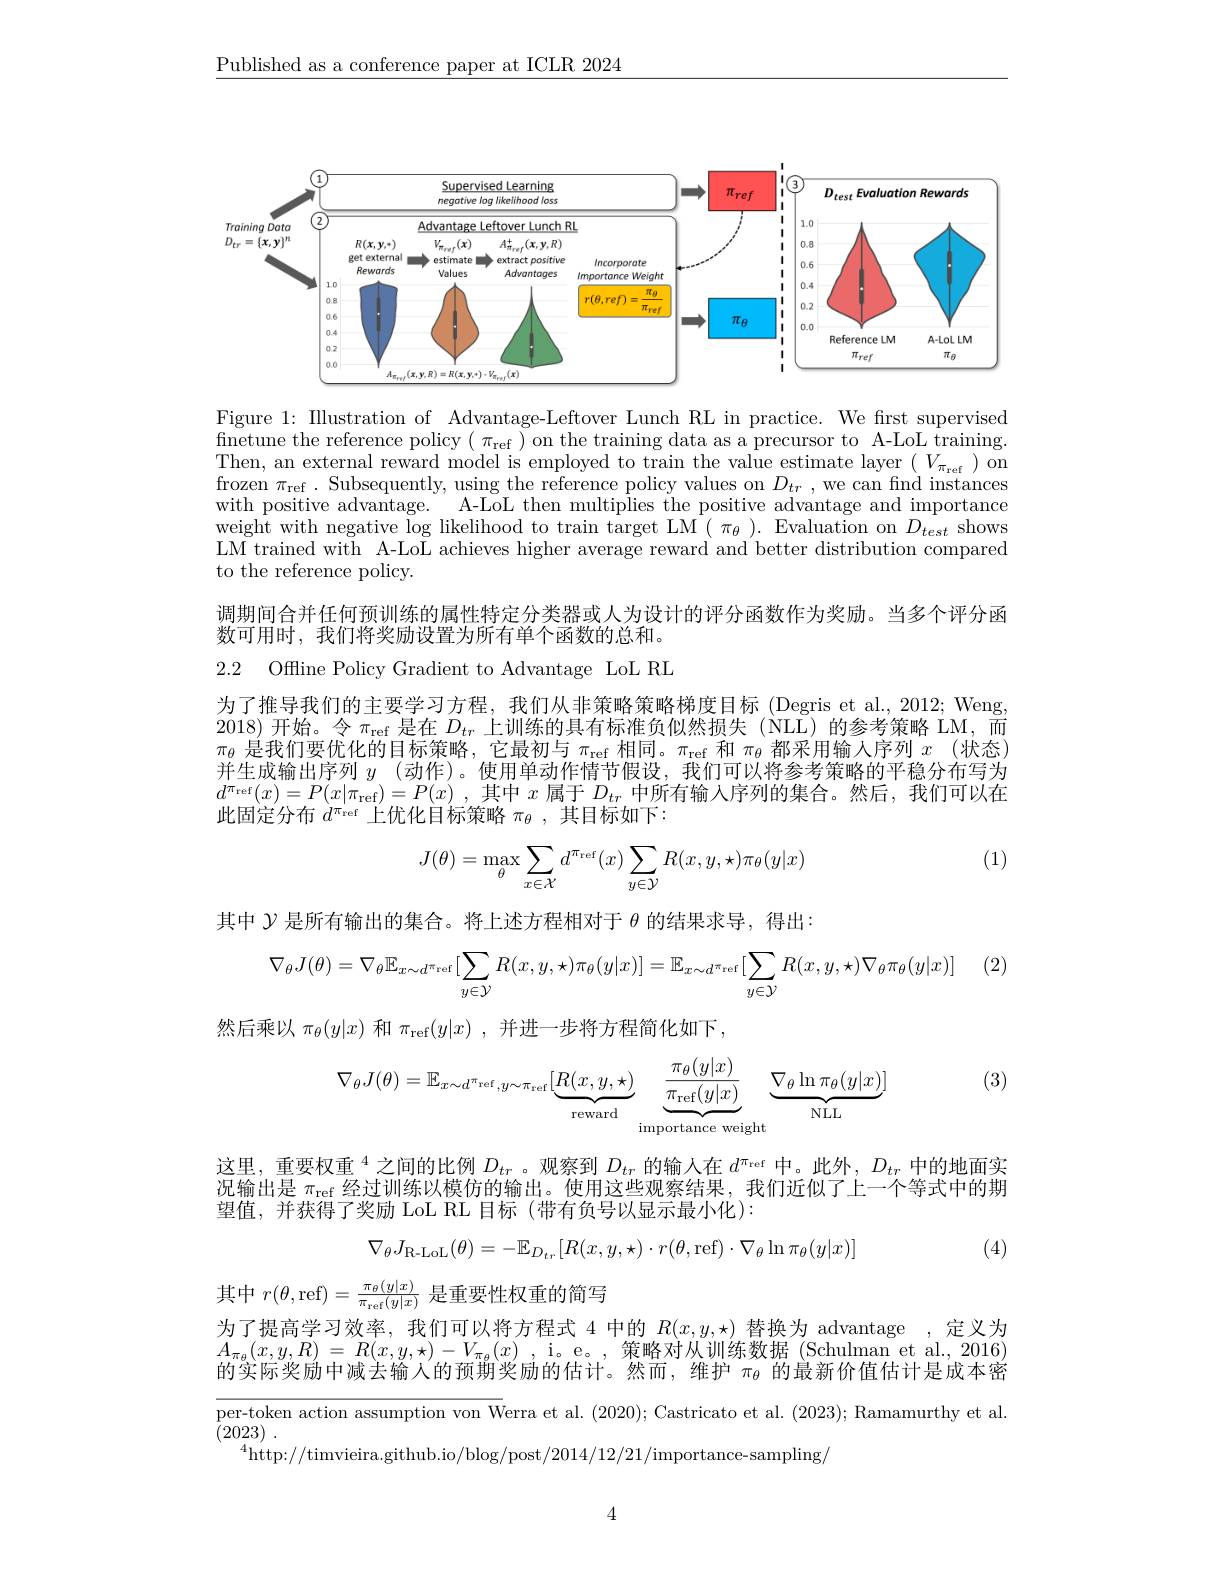
$\underline{\text{Published as a conference paper at ICLR 2024}}$

<FigureHere>

Figure 1: IIlustration of Advantage-Leftover Lunch RL in practice. We first supervised $\operatorname*{finetune~the~reference~policy~(~\pi_{ref}~)~on~the~training~data~as~a~precursor~to~A-LoL~training.}$ $\begin{array}{c}\mathrm{Then,~an~external~reward~model~is~employed~to~train~the~value~estimate~layer~(~V_{\pi_{\mathrm{ref}}})~on}\\\mathrm{Then,~an~external~reward~model~is~employed~to~train~the~value~estimate~layer~(~V_{\pi_{\mathrm{ref}}})~~on}\end{array}$ frozen $\pi_\mathrm{ref}.$ Subsequently, using the reference policy values on $D_{tr}$, we can find instances with positive advantage. A-LoL then multiplies the positive advantage and importance weight with negative log likelihood to train target LM $(\pi_{\theta}).$ Evaluation on $D_{test}$ shows LM trained with A-LoL achieves higher average reward and better distribution compared to the reference policy.

调期间合并任何预训练的属性特定分类器或人为设计的评分函数作为奖励。当多个评分函

数可用时，我们将奖励设置为所有单个函数的总和。

2.2 Offline Policy Gradient to Advantage LoL RL

为了推导我们的主要学习方程，我们从非策略策略梯度目标(Degris et al.,2012; Weng, 2018)开始。令$\pi_\mathrm{ref}$是在$D_tr$上训练的具有标准负似然损失(NLL)的参考策略 LM,而$\pi_\theta$是我们要优化的目标策略，它最初与$\pi_\mathrm{ref}$相同。$\pi_\mathrm{ref}$和$\pi_\theta$都采用输人序列$x$(状态) 并生成输出序列$y$ (动作)。使用单动作情节假设，我们可以将参考策略的平稳分布写为$d^{\pi _\mathrm{ref}}( x) = P( x| \pi _\mathrm{ref}) = P( x)$ ,其中$x$属于$D_tr$中所有输入序列的集合。然后，我们可以在此固定分布$d^{\pi_\mathrm{ref}}$上优化目标策略$\pi_\theta$,其目标如下：

(1)
$$J(\theta)=\max\limits_{\theta}\sum\limits_{x\in\mathcal{X}}d^{\pi_{\mathrm{ref}}}(x)\sum\limits_{y\in\mathcal{Y}}R(x,y,\star)\pi_{\theta}(y|x)$$
其中$\mathcal{Y}$是所有输出的集合。将上述方程相对于$\theta$的结果求导，得出：

(2)
$$\nabla_{\theta}J(\theta)=\nabla_{\theta}\mathbb{E}_{x\sim d^{\pi}\mathrm{ref}}[\sum_{y\in\mathcal{Y}}R(x,y,\star)\pi_{\theta}(y|x)]=\mathbb{E}_{x\sim d^{\pi}\mathrm{ref}}[\sum_{y\in\mathcal{Y}}R(x,y,\star)\nabla_{\theta}\pi_{\theta}(y|x)]$$
然后乘以$\pi_\theta(y|x)$和$\pi_\mathrm{ref}(y|x)$,并进一步将方程简化如下，

(3)
$$\nabla_{\theta}J(\theta)=\mathbb{E}_{x\sim d^{\pi_{\mathrm{ref}}},y\sim\pi_{\mathrm{ref}}}[\underbrace{R(x,y,\star)}_{\text{reward}}\underbrace{\frac{\pi_{\theta}(y|x)}{\pi_{\mathrm{ref}}(y|x)}}_{\text{importance weight}}\underbrace{\nabla_{\theta}\ln\pi_{\theta}(y|x)}_{\text{NLL}}]$$
这里，重要权重$^4$之间的比例$D_tr$。观察到$D_tr$的输入在$d^\mathrm{\pi}$ref 中。此外，$D_tr$中的地面实况输出是$\pi_\mathrm{ref}$经过训练以模仿的输出。使用这些观察结果，我们近似了上一个等式中的期望值，并获得了奖励 LoL RL 目标 (带有负号以显示最小化):
$$\nabla_{\theta}J_{\mathrm{R-LoL}}(\theta)=-\mathbb{E}_{D_{tr}}[R(x,y,\star)\cdot r(\theta,\mathrm{ref})\cdot\nabla_{\theta}\ln\pi_{\theta}(y|x)]$$
(4)

其中$r(\theta$,ref$)=\frac\pi\theta(y|x){\pi_{\mathrm{ref}}(y|x)}$是重要性权重的简写
为了提高学习效率，我们可以将方程式 4 中的$R(x,y,\star)$替换为 advantage ,定义为$A_{\pi _\theta }( x, y, R)$ = $R( x, y, \star ) - V_{\pi _\theta }( x)$ , i. e。, 策略对从训练数据 (Schulman et al., 2016) 的实际奖励中减去输人的预期奖励的估计。然而、维护$\pi_{\theta}$的最新价值估计是成本率per-token action assumption von Werra et al. (2020); Castricato et al. (2023); Ramamurthy et al. $\bar{( } 2023)$ .
$^{4}$http://timvieira.github.io/blog/post/2014/12/21/importance-sampling/

4